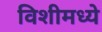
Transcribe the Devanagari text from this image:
विशीमध्ये